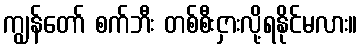
ကျွန်တော် စက်ဘီး တစ်စီးငှားလို့ရနိုင်မလား။